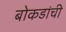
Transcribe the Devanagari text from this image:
बोकडांची